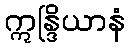
ဣန္ဒြိယာနံ